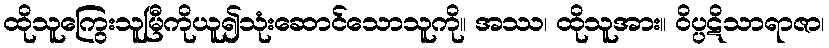
ထိုသူကြွေးသူမြီကိုယူ၍သုံးဆောင်သောသူကို။ အဿ၊ ထိုသူအား။ ဝိပ္ပဋိသာရာဇာ၊